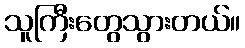
သူကြီးတွေသွားတယ်။